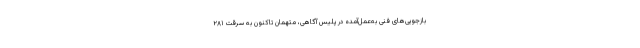
بازجویی‌های فنی به‌عمل‌آمده در پلیس آگاهی، متهمان تاکنون به سرقت ۲۸۱